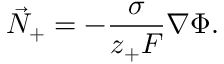
\vec { N } _ { + } = - \frac { \sigma } { z _ { + } F } \nabla \Phi .